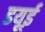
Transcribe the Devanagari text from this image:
डयूई